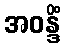
အဝန္ဒိံ